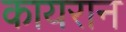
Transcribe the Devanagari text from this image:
कायरान